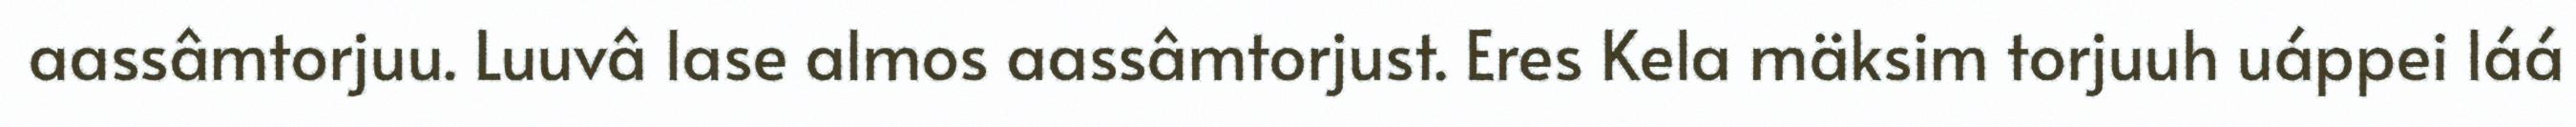
aassâmtorjuu. Luuvâ lase almos aassâmtorjust. Eres Kela mäksim torjuuh uáppei láá